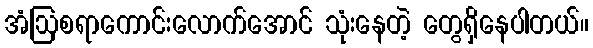
အံဩစရာကောင်းလောက်အောင် သုံးနေတဲ့ တွေရှိနေပါတယ်။